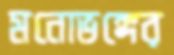
মনোভঙ্গের